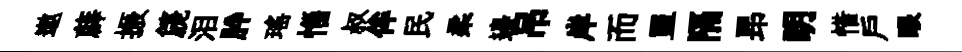
遨薜振篪泪肸瑤惱叔侔民柔邉吊岸而盟隔昻眀惜戶眼